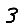
Digit: 3